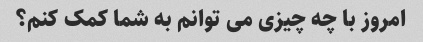
امروز با چه چیزی می توانم به شما کمک کنم؟